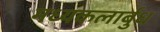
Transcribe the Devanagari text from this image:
मध्यकलार्बुध